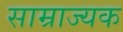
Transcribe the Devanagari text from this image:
साम्राज्यक